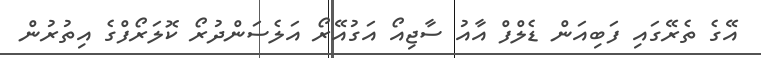
އޭގެ ތެރޭގައި ފަބިއަން ޑެލްފް އާއު ސާޖިއޯ އަގުއޭރޯ އަލެސަންދުރޯ ކޮލަރޯފްގެ އިތުރުން